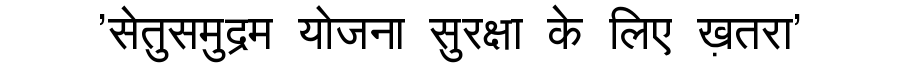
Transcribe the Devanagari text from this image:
'सेतुसमुद्रम योजना सुरक्षा के लिए ख़तरा'